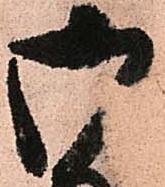
御